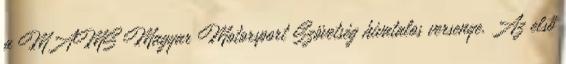
a MAMS Magyar Motorsport Szövetség hivatalos versenye. Az első